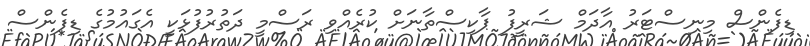
ޑިފެންސް މިނިސްޓަރު އާދަމް ޝަރީފު ޕާކިސްތާނަށް ކުރެއްވި ރަސްމީ ދަތުރުފުޅަކީ އެގައުމުގެ ޑިފެންސް